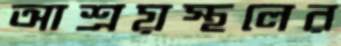
আশ্রয়স্থলের